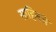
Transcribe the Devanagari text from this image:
साहिबचे